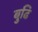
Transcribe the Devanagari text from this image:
बुढि